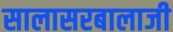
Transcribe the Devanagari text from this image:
सालासरबालाजी